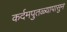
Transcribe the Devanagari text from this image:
कर्दमपुतळ्यापासुन